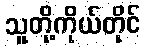
သူတို့ကိုယ်တိုင်